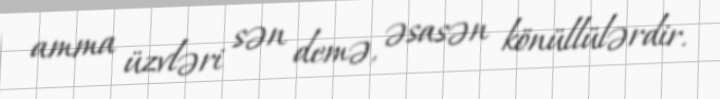
amma üzvləri sən demə, əsasən könüllülərdir.